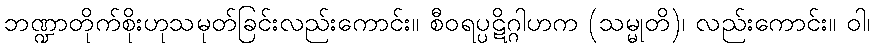
ဘဏ္ဍာတိုက်စိုးဟုသမုတ်ခြင်းလည်းကောင်း။ စီဝရပ္ပဋိဂ္ဂါဟက (သမ္မုတိ)၊ လည်းကောင်း။ ဝါ၊